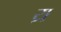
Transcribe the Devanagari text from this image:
य्र